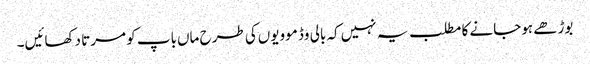
بوڑھے ہوجانے کا مطلب یہ نہیں‌کہ بالی وڈ موویوں‌کی طرح ماں‌باپ کو مرتا دکھائیں۔